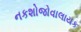
નકશોજોવાલાયક